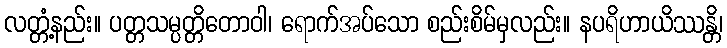
လတ္တံ့နည်း။ ပတ္တသမ္ပတ္တိတောဝါ၊ ရောက်အပ်သော စည်းစိမ်မှလည်း။ နပရိဟာယိဿန္တိ၊